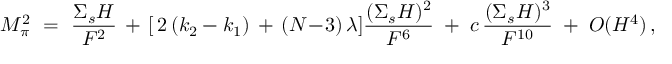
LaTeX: M _ { \pi } ^ { 2 } \ = \ \frac { { \Sigma } _ { s } H } { F ^ { 2 } } \, + \, [ \, 2 \, ( k _ { 2 } - k _ { 1 } ) \, + \, ( N \! - \! 3 ) \, \lambda ] \frac { ( { \Sigma } _ { s } H ) ^ { 2 } } { F ^ { 6 } } \; + \; c \, \frac { ( { \Sigma } _ { s } H ) ^ { 3 } } { F ^ { 1 0 } } \; + \; { \cal O } ( H ^ { 4 } ) \, ,